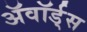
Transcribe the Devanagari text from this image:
ॲवॉर्ड्‌स